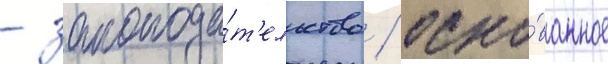
- законода́т'ельство / осно́ванное